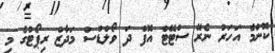
ކޮންމެ އަހަރު ނެރޭ ސްޓޭޓް އޮފް ދަ ވޯލްޑްސް މަދާޒް ރިޕޯޓުގެ މި